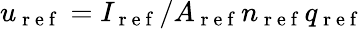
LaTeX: u_{\mathrm{~r~e~f~}}=I_{\mathrm{~r~e~f~}}/A_{\mathrm{~r~e~f~}}n_{\mathrm{~r~e~f~}}q_{\mathrm{~r~e~f~}}